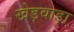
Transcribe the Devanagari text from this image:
खेड़वाड़ा